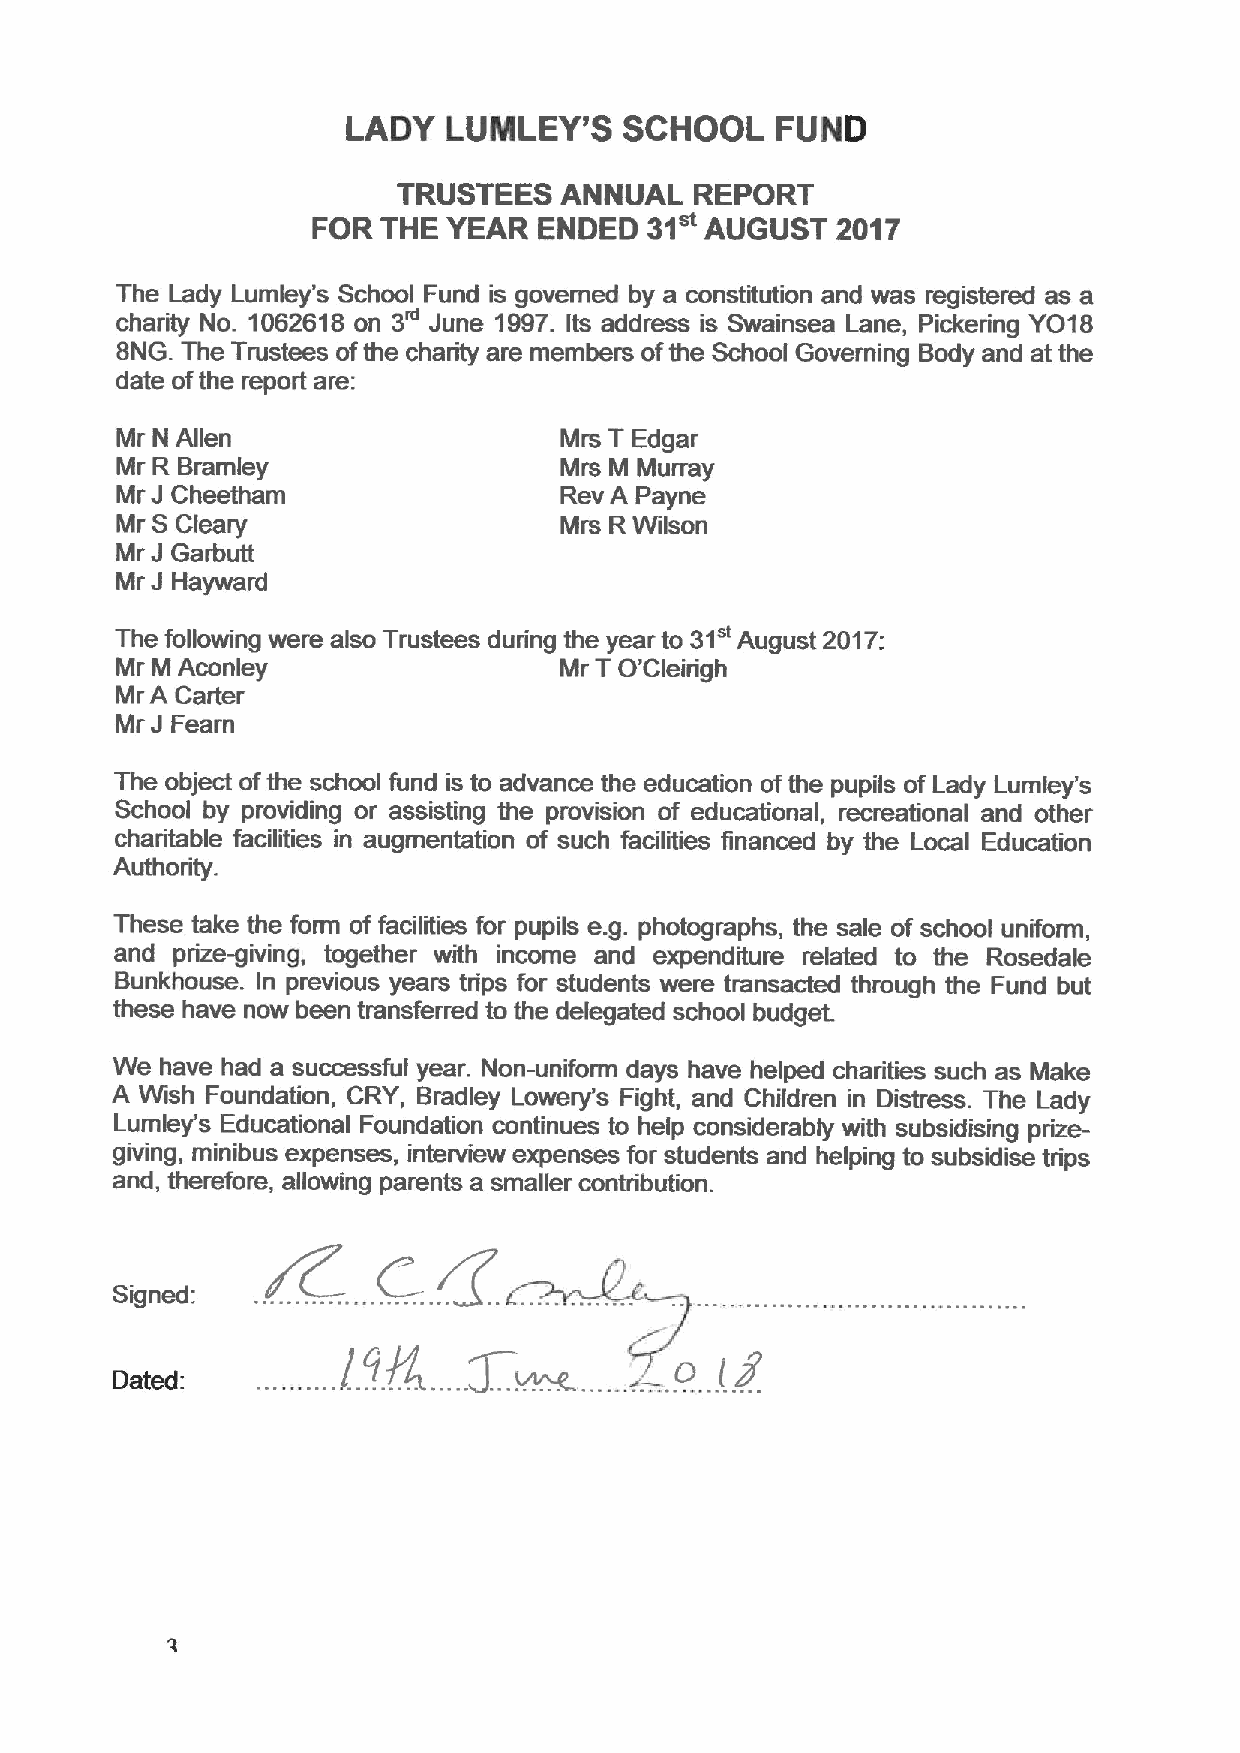
LADY   LUINLEY'S  SCHOOL    FUND
 TRUSTEES   ANNUAL   REPORT
 FOR THE  YEAR  ENDED  31  AUGUST  2017
 The Lady Lumley's School Fund is governed by a constitution and was registered as a
 3"
 charity No. 1062618on June 1997.Its address is Swainsea Lane, Pickering YO18
 8NG. The Trustees ofthe charity are members ofthe School Governing Body and at the
 date ofthe report are:
 Mr N Allen                   Mis T Edgar
 Mr R Bramley                 Mrs M Murray
 J
 Mr Cheetham                  Rev A Payne
 S
 Mr  Cleary                   Mrs RWilson
 J
 Mr Garbutt
 J
 Mr Hayward
 31"
 The following were also Trustees during the year to August 2017:
 Mr M Aconley                 Mr T O'Cleirigh
 Mr A Carter
 J
 Mr Fearn
 The object ofthe school fund is to advance the education ofthe pupils of Lady Lumley's
 School by providing or assisting the provision of educational, recreational and other
 charitable facilities in augmentation of such facilities financed by the Local Education
 Authority.
 These take the form of facilities for pupils e. g. photographs, the sale of school uniform,
 and prize-giving, together with income and expenditure related to the Rosedale
 Bunkhouse. In previous years trips for students were transacted through the Fund but
 these have now been transferred to the delegated school budget.
 We  have had a successful year. Non-unifoim days have helped charities such as Make
 A Wish Foundation, CRY, Bradley Lowery's Fight, and Children in Distress. The Lady
 Lumley's Educational Foundation continues to help considerably with subsidising prize-
 giving, minibus expenses, interview expenses for students and helping to subsidise trips
 and, therefore, allowing parents a smaller contribution.
 Dated